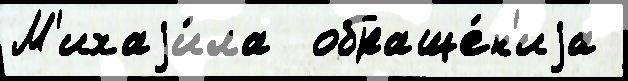
М'ихаjи́ла  обраще́н'иjа